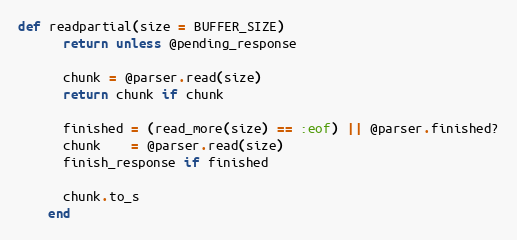
Language: Ruby
def readpartial(size = BUFFER_SIZE)
      return unless @pending_response

      chunk = @parser.read(size)
      return chunk if chunk

      finished = (read_more(size) == :eof) || @parser.finished?
      chunk    = @parser.read(size)
      finish_response if finished

      chunk.to_s
    end